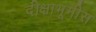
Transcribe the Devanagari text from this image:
दीक्षाभूमीस